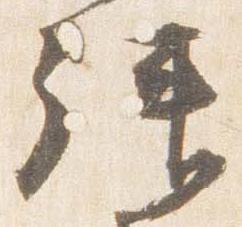
拝